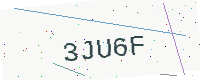
Text: 3JU6F